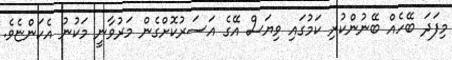
މިފަދަ ބޭހެއް ބޭނުންކުރި ކަމުގައި ވިޔަސް އޭގެ އަސަރުކޮށްގެން މަރުވާނީ މަކުނު އެކަންޏެވެ.